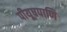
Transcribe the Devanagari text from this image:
पीयूषपाणि